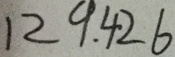
1 2 9 . 4 2 6